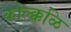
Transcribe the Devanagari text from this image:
कोल्क्कळि